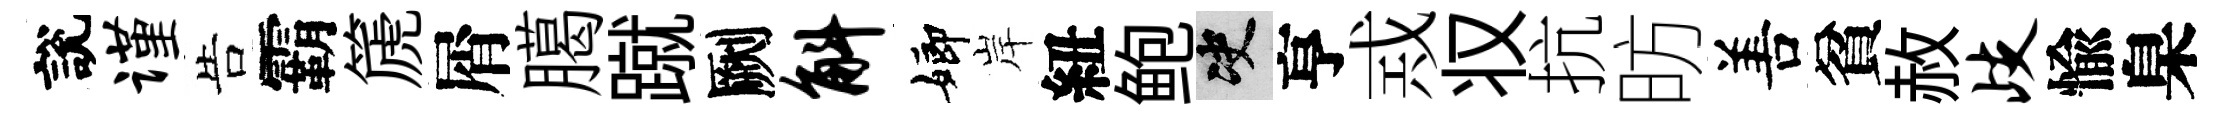
說谨告霸篪屑臈蹴劂斛嫏岸紐鲍决亨𢦶𠬧抗昉𠵊貧赦歧愉臬